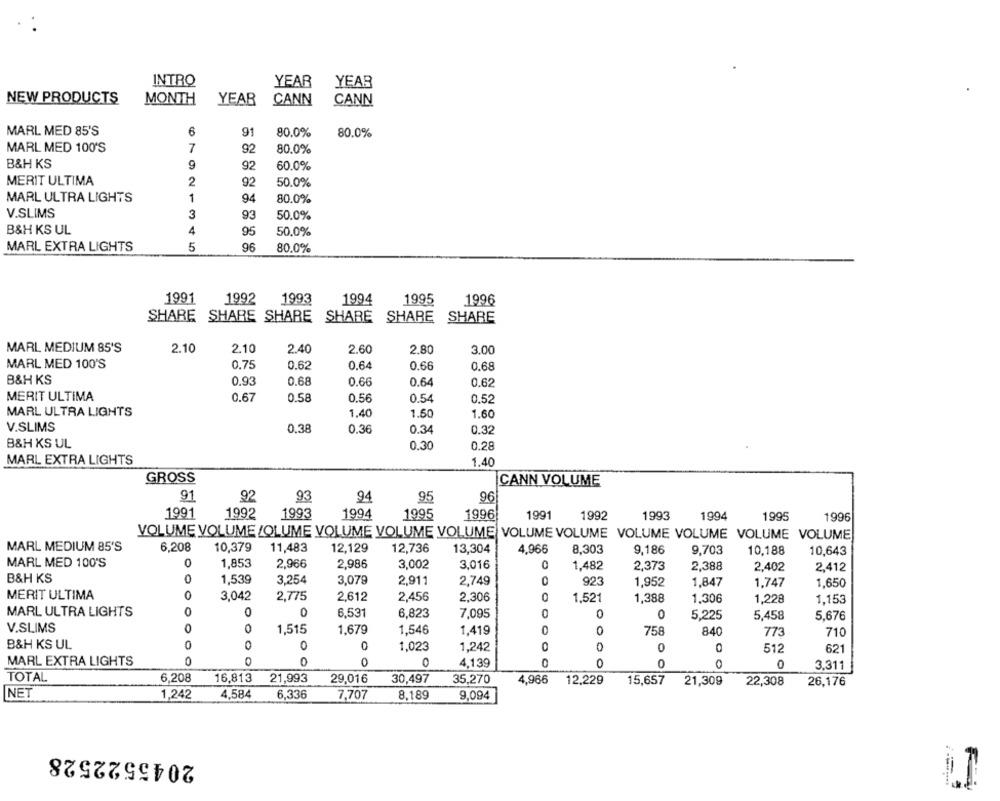
INTRO
YEAR
YEAR
NEW PRODUCTS
MONTH
YEAR
CANN
CANN
MARL MED 85'S
6
91
80.0%
80.0%
MARL MED 100'S
7
92
80.0%
B&H KS
9
92
60.0%
MERIT ULTIMA
2
92
50.0%
MARL ULTRA LIGHTS
1
94
80.0%
V.SLIMS
3
93
50.0%
B&H KS UL
4
95
50.0%
MARL EXTRA LIGHTS
5
96
80.0%
1991
1992
1993
1994
1995
1996
SHARE SHARE SHARE
SHARE
SHARE
SHARE
MARL MEDIUM 85'S
2.10
2.10
2.40
2.60
2.80
3.00
MARL MED 100'S
0.75
0.62
0.64
0.66
0.68
B&H KS
0.93
0.68
0.66
0.64
0.62
MERIT ULTIMA
0.67
0.58
0.56
0.54
0.52
MARL ULTRA LIGHTS
1.40
1.50
1.60
V.SLIMS
0.38
0.36
0.34
0.32
B&H KS UL
0.30
0.28
MARL EXTRA LIGHTS
1.40
GROSS
CANN VOLUME
91
92
93
94
95
96
1992
1994
1996
1991
1993
1995
1991
1992
1993
1994
1995
1996
VOLUME VOLUME /OLUME VOLUME VOLUME VOLUME VOLUME VOLUME VOLUME VOLUME VOLUME VOLUME
MARL MEDIUM 85'S
6.208
10,379
11,483
12,129
12,736
13,304
4,966
8,303
9,186
9,703
10,188
10,643
MARL MED 100'S
1,853
2,966
2,986
3,002
3,016
1,482
2.373
2,388
2.402
2.412
B&H KS
1,539
3.254
3,079
2,911
2,749
0
923
1,952
1,847
1,747
1,650
MERIT ULTIMA
3,042
2,775
2,612
2,456
2,306
0
1,521
1,388
1,306
1,228
1,153
MARL ULTRA LIGHTS
0
0
6.531
6,823
7,095
0
0
0
5.225
5,458
5,676
V.SLIMS
0
0
1,515
1,679
1,546
1.419
0
0
758
840
773
710
B&H KS UL
0
0
1,023
1,242
0
512
621
MARL EXTRA LIGHTS
0
0
C
0
4,139
0
0
0
3.311
TOTAL
6,208
16,813
21,993
29,016
30,497
35,270
4,966
12,229
15,657
21,309
22,308
26,176
NET
1,242
4.584
6,336
7,707
8.189
9,094
2045522528